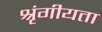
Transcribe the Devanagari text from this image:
श्रृंगीयता